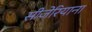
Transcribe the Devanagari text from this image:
सीजेरियाना